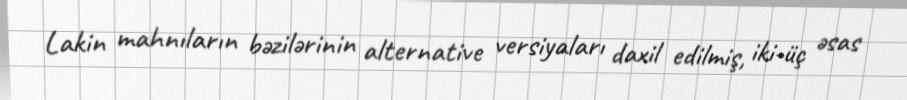
Lakin mahnıların bəzilərinin alternative versiyaları daxil edilmiş, iki-üç əsas